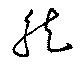
然